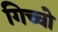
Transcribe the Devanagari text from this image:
गिच्चो